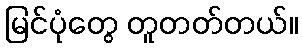
မြင်ပုံတွေ တူတတ်တယ်။